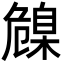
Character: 𦤞